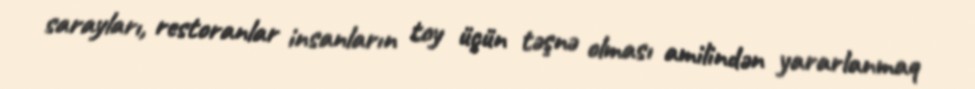
sarayları, restoranlar insanların toy üçün təşnə olması amilindən yararlanmaq